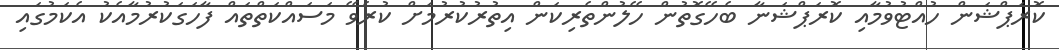
ކޮރަޕްޝަން ހުއްޓުވުމާއި ކޮރަޕްޝަނާ ބެހޭގޮތުން ހޭލުންތެރިކަން އިތުރުކުރުމަށް ކުރެވޭ މަސައްކަތްތައް ފާހަގަކުރުމާއެކު އެކަމުގައި